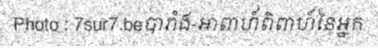
Photo : 7sur7.beបារាំង-អាពាហ៍ពិពាហ៍នៃអ្នក